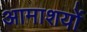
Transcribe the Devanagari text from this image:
आमाशयों